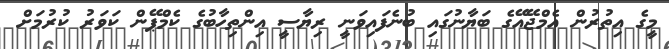
މީގެ އިތުރުން އެމްޖޭއޭގެ ބަޔާނުގައި ބުނެފައިވަނީ ރިޔާސީ އިންތިހާބުގެ ކެމްޕޭން ކަވަރު ކުރުމަށް